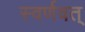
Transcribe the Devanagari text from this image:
स्वर्णवत्